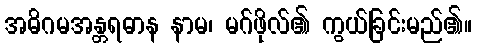
အဓိဂမအန္တရဓာန နာမ၊ မဂ်ဖိုလ်၏ ကွယ်ခြင်းမည်၏။